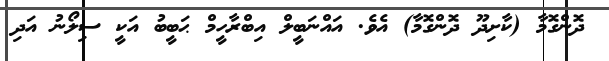
ދޮންގޮމާ (ކާށިދޫ ދޮންގޮމާ) އެވެ. އައްނަބީލް އިބްރާހީމް ޙަބީބު އަކީ ސިލޯނު އަދި